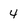
Character: 4